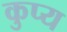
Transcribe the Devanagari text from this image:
कुप्य